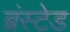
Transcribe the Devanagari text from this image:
ब्रंस्टेड